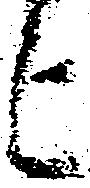
上